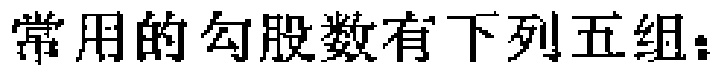
常用的勾股数有下列五组：